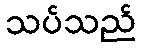
သပ်သည်